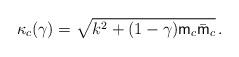
LaTeX: \begin{align*}\kappa_{c}(\gamma)=\sqrt{k^{2}+(1-\gamma){\sf m}_c\bar{\sf m}_c}\,.\end{align*}